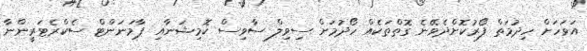
އަވަހަށް ހިދުމަތް ފޯރުކޮށްދެވޭނެ ގޮތްތަކެއް ހޯދުމަށް ސިވިލް ސާވިސް ކޮމިޝަނާއި ޕާމަނަންޓް ސެކްރެޓަރީންނާ